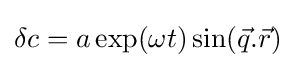
\delta c=a\exp(\omega t)\sin({\vec {q}}.{\vec {r}})